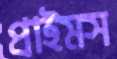
প্রাইমস